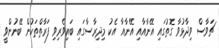
ޗަވާސް ވިދާޅުވާ ގޮތުގައި އޭނާއާއި އޭނާއާ އެކު މިދިރާސާގައި ބައިވެރިވި ފަރާތްތަކުން ބޭނުންވީ